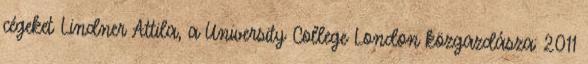
cégeket Lindner Attila, a University College London közgazdásza: 2011